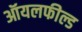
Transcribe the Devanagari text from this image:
ऑयलफील्ड